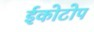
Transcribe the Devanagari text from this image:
ईकोटोप